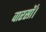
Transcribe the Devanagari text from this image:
वारसॉ।